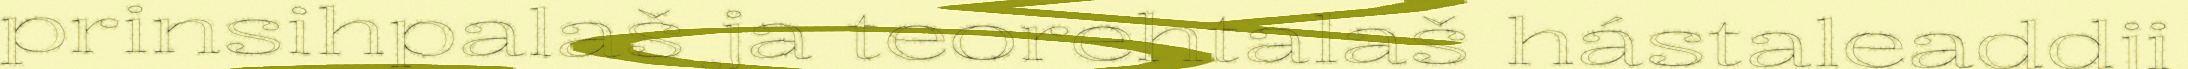
prinsihpalaš ja teorehtalaš hástaleaddji